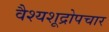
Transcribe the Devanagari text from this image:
वैश्यशूद्रोपचार